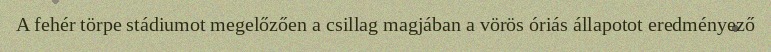
A fehér törpe stádiumot megelőzően a csillag magjában a vörös óriás állapotot eredményező